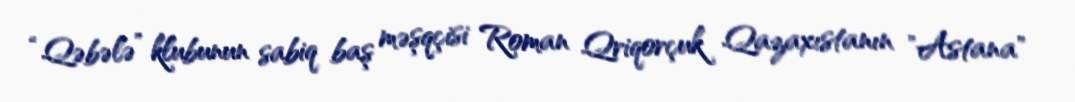
“Qəbələ” klubunun sabiq baş məşqçisi Roman Qriqorçuk Qazaxıstanın "Astana"